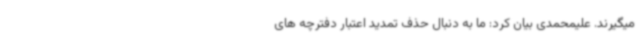
میگیرند. علیمحمدی بیان کرد: ما به دنبال حذف تمدید اعتبار دفترچه های